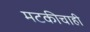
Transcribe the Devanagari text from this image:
मटकीचाही